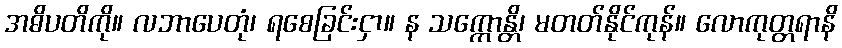
အဓိပတိကို။ လဘာပေတုံ၊ ရစေခြင်းငှာ။ န သက္ကောန္တိ၊ မတတ်နိုင်ကုန်။ လောကုတ္တရာနိ